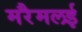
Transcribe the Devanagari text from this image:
मरैमलई